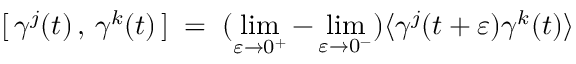
[ \, \gamma ^ { j } ( t ) \, , \, \gamma ^ { k } ( t ) \, ] \; = \; ( \operatorname * { l i m } _ { \varepsilon \to 0 ^ { + } } - \operatorname * { l i m } _ { \varepsilon \to 0 ^ { - } } ) \langle \gamma ^ { j } ( t + \varepsilon ) \gamma ^ { k } ( t ) \rangle